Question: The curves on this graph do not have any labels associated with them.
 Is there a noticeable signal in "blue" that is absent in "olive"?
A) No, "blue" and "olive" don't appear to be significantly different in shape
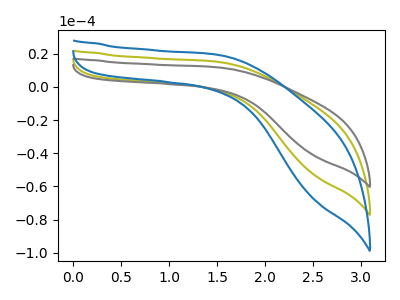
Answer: <think>The olive curve "olive" has no peaks. The gray curve "gray" has no peaks. The blue curve "blue" has no peaks.
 Neither "blue" or "olive" have any peaks.</think>
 <answer>A) No, "blue" and "olive" don't appear to be significantly different in shape</answer>
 <eval>A</eval>